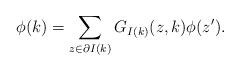
LaTeX: \begin{align*}\phi(k)=\sum_{z\in \partial I(k)}G_{I(k)}(z,k) \phi(z').\end{align*}